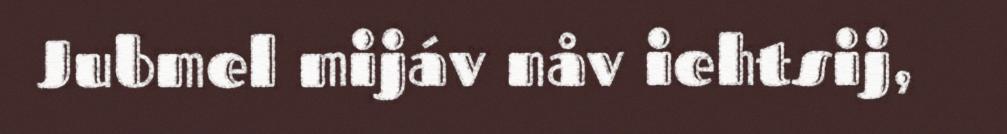
Jubmel mijáv nåv iehtsij,